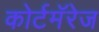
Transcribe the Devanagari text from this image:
कोर्टमॅरेज